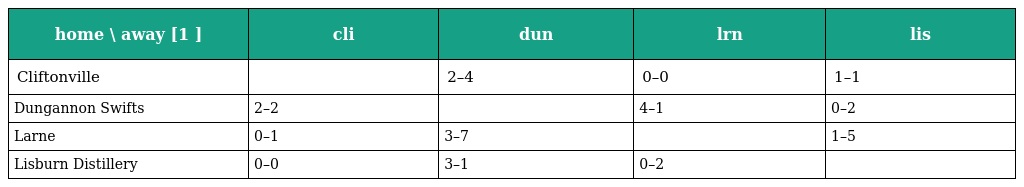
| home \ away [1 ] | cli | dun | lrn | lis |
 | --- | --- | --- | --- | --- |
 | Cliftonville |  | 2–4 | 0–0 | 1–1 |
 | Dungannon Swifts | 2–2 |  | 4–1 | 0–2 |
 | Larne | 0–1 | 3–7 |  | 1–5 |
 | Lisburn Distillery | 0–0 | 3–1 | 0–2 |  |